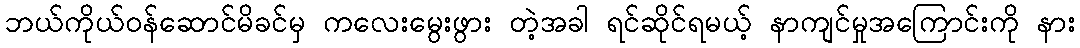
ဘယ်ကိုယ်ဝန်ဆောင်မိခင်မှ ကလေးမွေးဖွား တဲ့အခါ ရင်ဆိုင်ရမယ့် နာကျင်မှုအကြောင်းကို နား